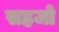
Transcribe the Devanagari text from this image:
सहजो